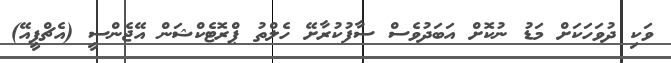
ވަކި ދުވަހަކަށް މަޑު ނުކޮށް އަބަދުވެސް ސާފުކުރާށޭ ހެލްތު ޕްރޮޓެކްޝަން އޭޖެންސީ (އެޗްޕީއޭ)